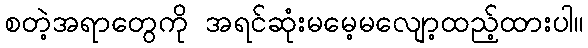
စတဲ့အရာတွေကို အရင်ဆုံးမမေ့မလျော့ထည့်ထားပါ။